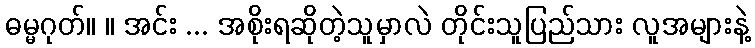
ဓမ္မဂုတ်။ ။ အင်း ... အစိုးရဆိုတဲ့သူမှာလဲ တိုင်းသူပြည်သား လူအများနဲ့